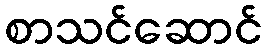
စာသင်ဆောင်